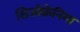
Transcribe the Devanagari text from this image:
शिजोफ्रेनिया